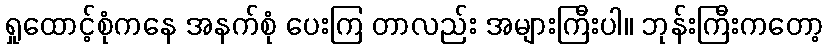
ရှုထောင့်စုံကနေ အနက်စုံ ပေးကြ တာလည်း အများကြီးပါ။ ဘုန်းကြီးကတော့